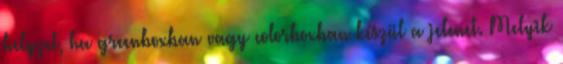
helyzet, ha greenboxban vagy colorboxban készül a jelenet. Melyik